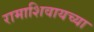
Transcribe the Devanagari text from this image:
रामाशिवायच्या